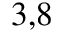
^ { 3 , 8 }